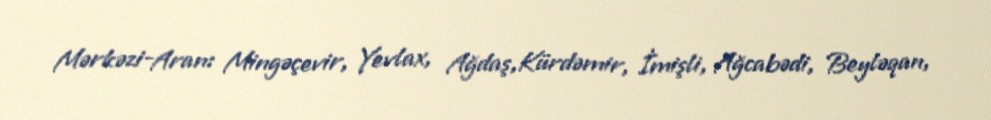
Mərkəzi-Aran: Mingəçevir, Yevlax, Ağdaş,Kürdəmir, İmişli, Ağcabədi, Beyləqan,